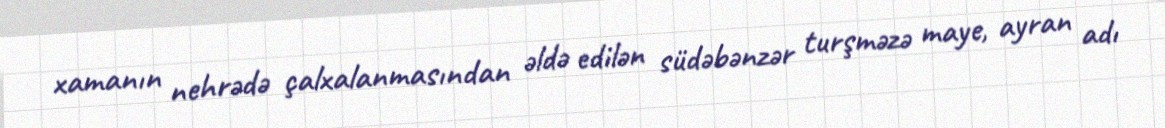
xamanın nehrədə çalxalanmasından əldə edilən südəbənzər turşməzə maye, ayran adı